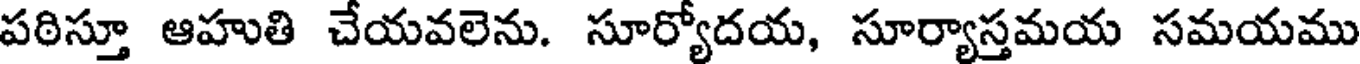
పఠిస్తూ ఆహుతి చేయవలెను. సూర్యోదయ, సూర్యాస్తమయ సమయము